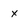
Character: x